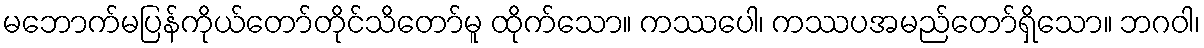
မဘောက်မပြန်ကိုယ်တော်တိုင်သိတော်မူ ထိုက်သော။ ကဿပေါ၊ ကဿပအမည်တော်ရှိသော။ ဘဂဝါ၊